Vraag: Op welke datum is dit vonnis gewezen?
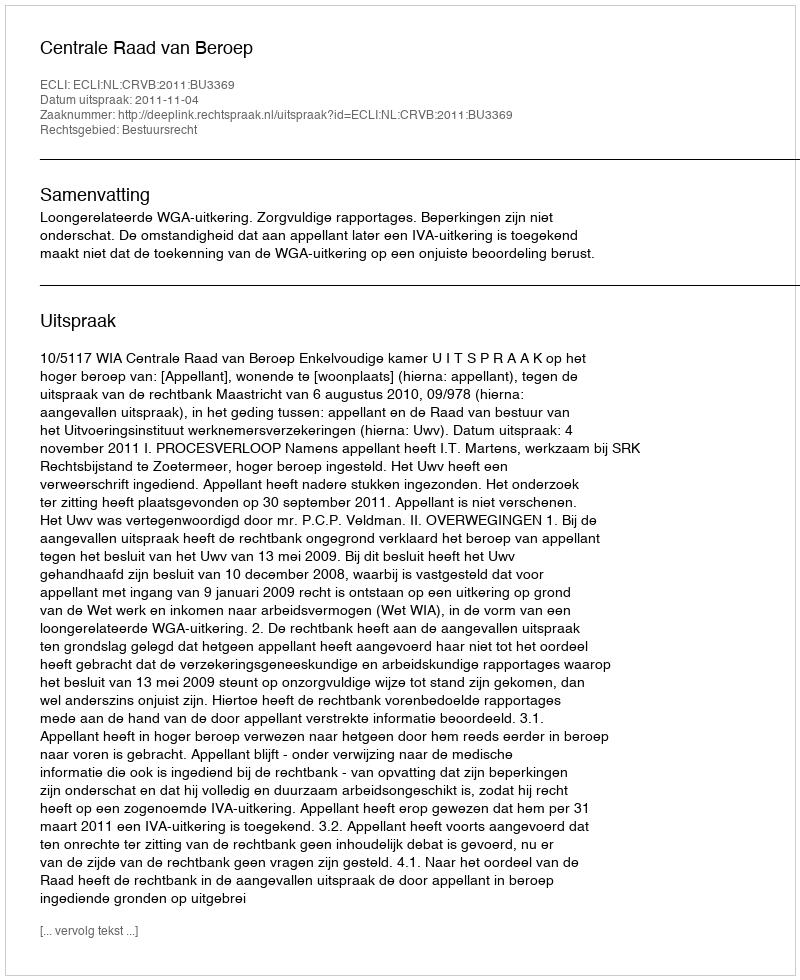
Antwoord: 2011-11-04